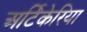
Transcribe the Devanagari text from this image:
अर्टिकेरिया